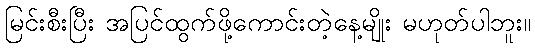
မြင်းစီးပြီး အပြင်ထွက်ဖို့ကောင်းတဲ့နေ့မျိုး မဟုတ်ပါဘူး။